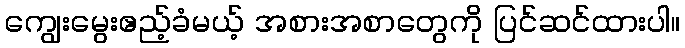
ကျွေးမွေးဧည့်ခံမယ့် အစားအစာတွေကို ပြင်ဆင်ထားပါ။